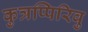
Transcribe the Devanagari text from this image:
कुत्रप्पिरिवु